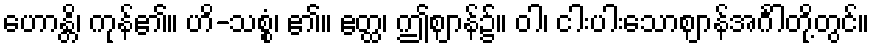
ဟောန္တိ၊ ကုန်၏။ ဟိ-သစ္စံ၊ ၏။ ဧတ္ထ၊ ဤဈာန်၌။ ဝါ၊ ငါးပါးသောဈာန်အင်္ဂါတို့တွင်။